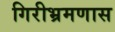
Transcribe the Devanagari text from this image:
गिरीभ्रमणास